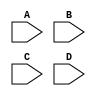
`timescale 1ns / 1ps

module _5bfunction(
  	input A,B,C,D
);

// 5b function datatypes -- ex. n_A_a_B = ~(A & B)
	wire n_A_nequal_B, n_nA_a_nB, n_A_a_B, n_C_nequal_D, n_nC_a_nD, n_C_a_D;  // intermediate wires of Fig. 3 from top to bottom
	wire L40, L04, L13, L31, L22; // output wires of Fig. 3 from top to bottom	

// 5b function
		// intermediate wires
	assign n_A_nequal_B = ~(A | B) | ~(~A | ~B);  // OR DOT has something to do with ECL, but is just OR
	assign n_nA_a_nB = ~(~A & ~B);
	assign n_A_a_B = ~(A & B);
 	assign n_C_nequal_D = ~(C | D) | ~(~C | ~D);
	assign n_nC_a_nD = ~(~C & ~D);
	assign n_C_a_D = ~(C & D);
		// end intermediate wires
		// output wires: "L" means logic function, Lxn = Logic function with "x" ones and "n" zeros (maintain disparity of +2, -2, or 0)
	assign L40 = ~(n_A_a_B | n_C_a_D);  // NOR: see note at beginning of module
	assign L04 = ~(n_nA_a_nB | n_nC_a_nD);
	assign L13 = ~(n_A_nequal_B | n_nC_a_nD) | ~(n_C_nequal_D | n_nA_a_nB);  // two NOR gate equivalents ORed
	assign L31 = ~(n_A_nequal_B | n_C_a_D) | ~(n_C_nequal_D | n_A_a_B);
	assign L22 = ~(n_A_a_B | n_nC_a_nD) | ~(n_C_a_D | n_nA_a_nB) | ~(n_A_nequal_B | n_C_nequal_D); 
		// end output wires
	// end 5b function

endmodule